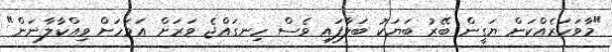
"މާވަހަރެއްކަން ޔަގީން ބޭރު ބަޔަކު ބަލާފައި ވެސް ހިނގައްޖެ ވަރަށް އަވަހަށް ވިއްކާލާނަން"